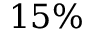
1 5 \%